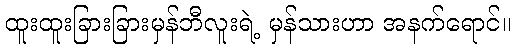
ထူးထူးခြားခြားမှန်ဘီလူးရဲ့ မှန်သားဟာ အနက်ရောင်။